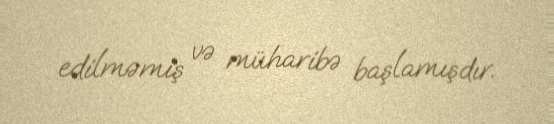
edilməmiş və müharibə başlamışdır.